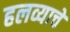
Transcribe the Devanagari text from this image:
हलव्याचे